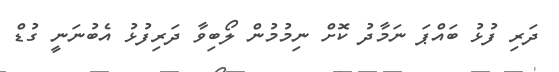
ދަރި ފުޅު ބައްޕަ ނަމާދު ކޮށް ނިމުމުން ލޯބިވާ ދަރިފުޅު އެބުނަނީ ގުޑް